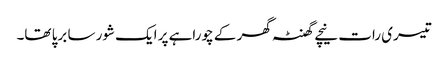
تیسری رات نیچے گھنٹہ گھر کے چوراہے پر ایک شور سا برپا تھا۔